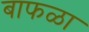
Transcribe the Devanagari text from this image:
बाफळा